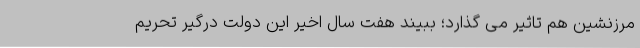
مرزنشین هم تاثیر می گذارد؛ ببیند هفت سال اخیر این دولت درگیر تحریم